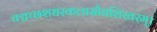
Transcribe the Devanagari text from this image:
चञ्चच्छशधरकलासौधशिखरम्।